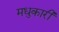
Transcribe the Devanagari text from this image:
मधुकारी